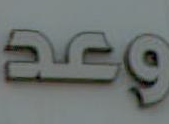
وعد